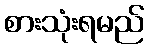
စားသုံးရမည်